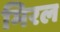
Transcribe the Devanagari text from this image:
मिरल